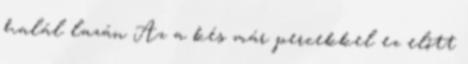
halál lazán Az a kés már percekkel ez előtt